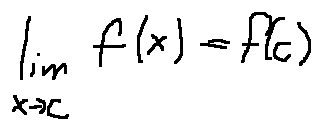
\lim \limits _ { x \rightarrow c } f ( x ) = f ( c )